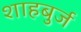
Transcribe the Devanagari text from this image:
शाहबुर्ज